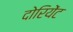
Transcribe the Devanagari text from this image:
दोरियेंट